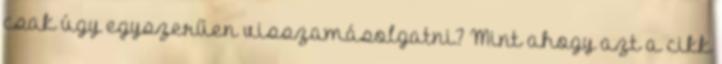
csak úgy egyszerűen visszamásolgatni? Mint ahogy azt a cikk